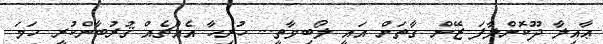
ޢާއިލާ ދޫކޮށްލާފަ ޒޭން ގާތަށް އައީ ލޯބިވާތީ... ހުރިހާ އެއްޗެއް ޤުރުބާންކުރީ ހަމަ